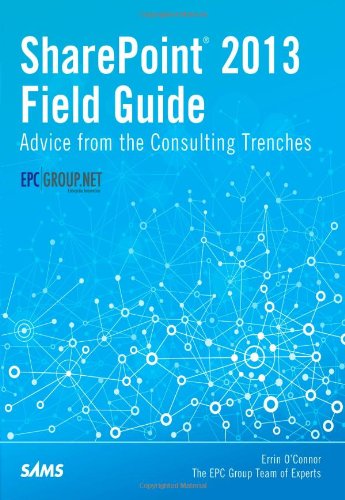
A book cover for SharePoint 2013 Field Guide: Advice from the Consulting Trenches; Errin O'Connor; Computers & Technology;